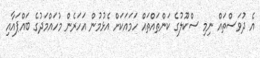
އެ ދުވަސްތައް ނިމި ސްކޫލުގެ ކަންތައްތައް ހަމައަކަށް އެޅުމުން އަހަރެން މުހައްމަދުގެ ބައްޕައާއި